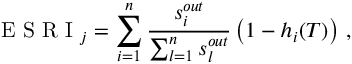
\mathrm { ~ E ~ S ~ R ~ I ~ } _ { j } = \sum _ { i = 1 } ^ { n } { \frac { s _ { i } ^ { o u t } } { \sum _ { l = 1 } ^ { n } { s _ { l } ^ { o u t } } } } \left( 1 - h _ { i } ( T ) \right) \, ,